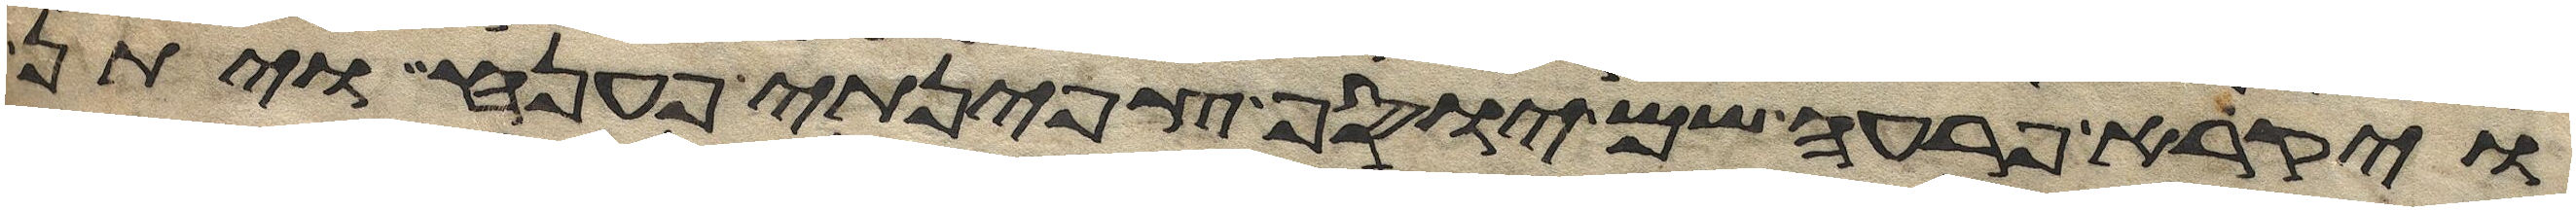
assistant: ויקרא פרעה שם יוסף צפינתי פענה ויתן